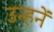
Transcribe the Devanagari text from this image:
उन्हनें